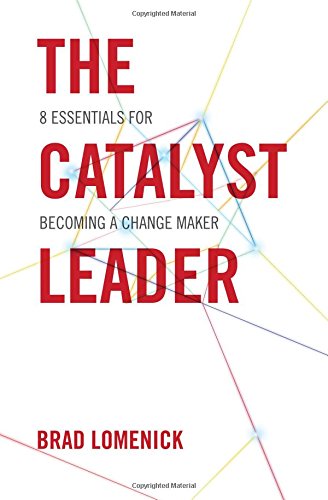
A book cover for The Catalyst Leader: 8 Essentials for Becoming a Change Maker; Brad Lomenick; Christian Books & Bibles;